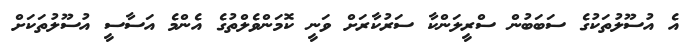
އެ އުސޫލުތަކުގެ ސަބަބުން ސްރީލަންކާ ސަރުކާރަށް ވަނީ ކޮމަންވެލްތުގެ އެންމެ އަސާސީ އުސޫލުތަކަށް